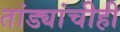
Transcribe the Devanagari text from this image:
तांड्यांचीही